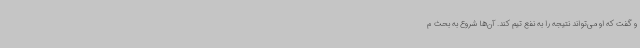
و گفت که او می‌تواند نتیجه را به نفع تیم کند. آن‌ها شروع به بحث م